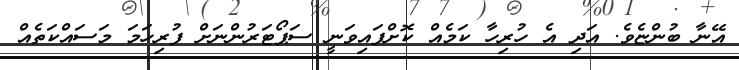
އޭނާ ބުންޏެވެ. އަދި އެ ހުރިހާ ކަމެއް ކޮށްފައިވަނީ ސަޕޯޓަރުންނަށް ފުރިހަމަ މަސައްކަތެއް